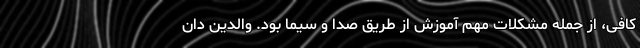
کافی، از جمله مشکلات مهم آموزش از طریق صدا و سیما بود. والدین دان